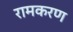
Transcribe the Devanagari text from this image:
रामकरण